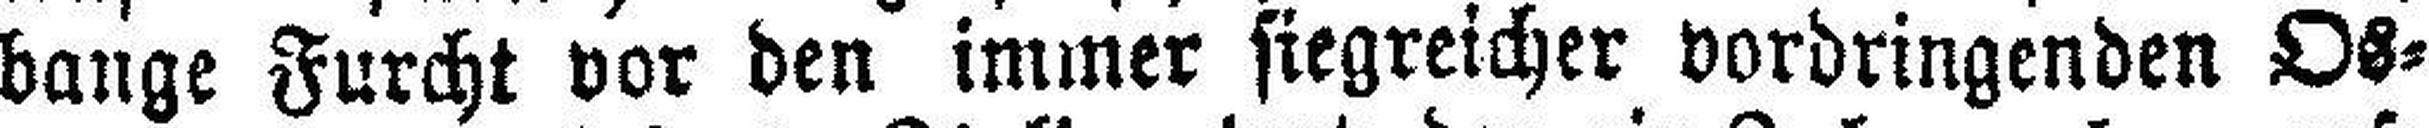
bange Furcht vor den immer siegreicher vordringenden Os¬